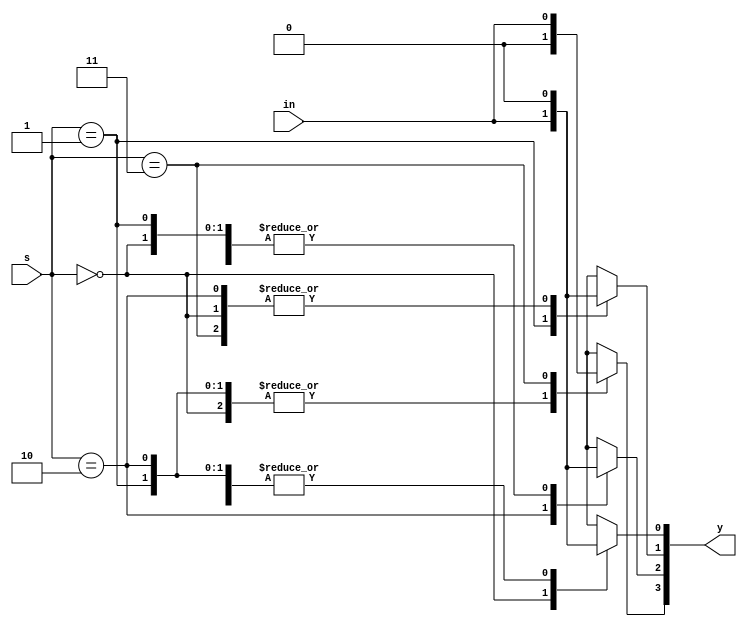
//for df use ternary operator instead of switch case or if-else statements
module demux_beh(in,s,y);
  input in;
  input [1:0]s;
  output reg [3:0]y;
  always @(in,s)
  begin
    y=3'b000;
    case(s)
      2'b00:y[0]=in;
      2'b01:y[1]=in;
      2'b10:y[2]=in;
      2'b11:y[3]=in;
    endcase
  end
endmodule

module demux_tb;
  reg in;
  reg [1:0]s;
  wire [3:0]y;
  integer i;
  demux_beh Demux(in,s,y);
  
  initial
  begin
    for(i=2'b0;i<4;i=i+1)
    begin
      in=1;
      s=i;#10;
    end
  end
endmodule